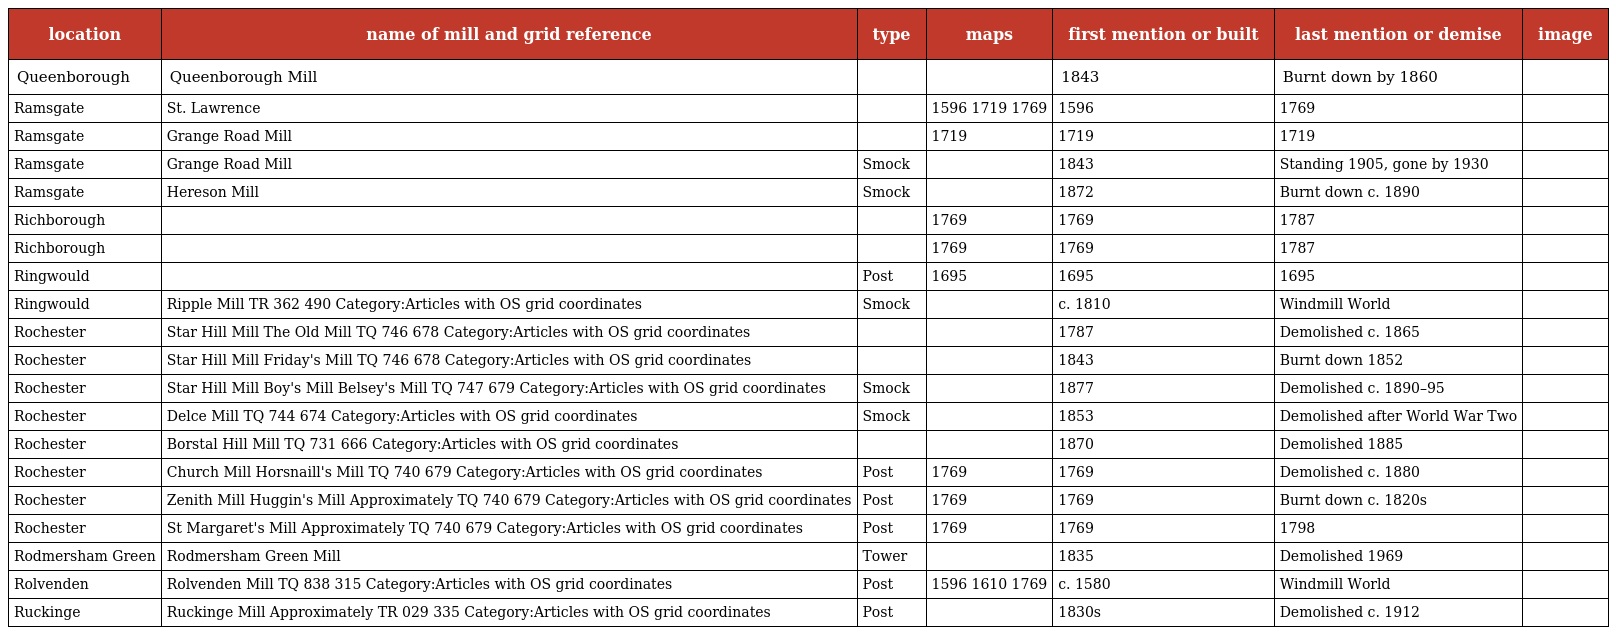
| location | name of mill and grid reference | type | maps | first mention or built | last mention or demise | image |
 | --- | --- | --- | --- | --- | --- | --- |
 | Queenborough | Queenborough Mill |  |  | 1843 | Burnt down by 1860 |  |
 | Ramsgate | St. Lawrence |  | 1596 1719 1769 | 1596 | 1769 |  |
 | Ramsgate | Grange Road Mill |  | 1719 | 1719 | 1719 |  |
 | Ramsgate | Grange Road Mill | Smock |  | 1843 | Standing 1905, gone by 1930 |  |
 | Ramsgate | Hereson Mill | Smock |  | 1872 | Burnt down c. 1890 |  |
 | Richborough |  |  | 1769 | 1769 | 1787 |  |
 | Richborough |  |  | 1769 | 1769 | 1787 |  |
 | Ringwould |  | Post | 1695 | 1695 | 1695 |  |
 | Ringwould | Ripple Mill TR 362 490 Category:Articles with OS grid coordinates | Smock |  | c. 1810 | Windmill World |  |
 | Rochester | Star Hill Mill The Old Mill TQ 746 678 Category:Articles with OS grid coordinates |  |  | 1787 | Demolished c. 1865 |  |
 | Rochester | Star Hill Mill Friday's Mill TQ 746 678 Category:Articles with OS grid coordinates |  |  | 1843 | Burnt down 1852 |  |
 | Rochester | Star Hill Mill Boy's Mill Belsey's Mill TQ 747 679 Category:Articles with OS grid coordinates | Smock |  | 1877 | Demolished c. 1890–95 |  |
 | Rochester | Delce Mill TQ 744 674 Category:Articles with OS grid coordinates | Smock |  | 1853 | Demolished after World War Two |  |
 | Rochester | Borstal Hill Mill TQ 731 666 Category:Articles with OS grid coordinates |  |  | 1870 | Demolished 1885 |  |
 | Rochester | Church Mill Horsnaill's Mill TQ 740 679 Category:Articles with OS grid coordinates | Post | 1769 | 1769 | Demolished c. 1880 |  |
 | Rochester | Zenith Mill Huggin's Mill Approximately TQ 740 679 Category:Articles with OS grid coordinates | Post | 1769 | 1769 | Burnt down c. 1820s |  |
 | Rochester | St Margaret's Mill Approximately TQ 740 679 Category:Articles with OS grid coordinates | Post | 1769 | 1769 | 1798 |  |
 | Rodmersham Green | Rodmersham Green Mill | Tower |  | 1835 | Demolished 1969 |  |
 | Rolvenden | Rolvenden Mill TQ 838 315 Category:Articles with OS grid coordinates | Post | 1596 1610 1769 | c. 1580 | Windmill World |  |
 | Ruckinge | Ruckinge Mill Approximately TR 029 335 Category:Articles with OS grid coordinates | Post |  | 1830s | Demolished c. 1912 |  |